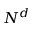
N ^ { d }